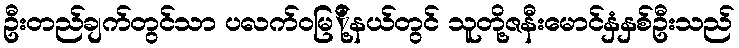
ဦးတည်ချက်တွင်သာ ပလက်ဝမြ်ို့နယ်တွင် သူတို့ဇနီးမောင်နှံနှစ်ဦးသည်